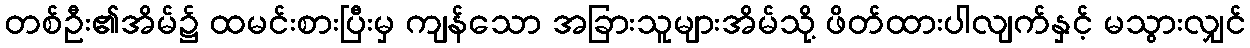
တစ်ဦး၏အိမ်၌ ထမင်းစားပြီးမှ ကျန်သော အခြားသူများအိမ်သို့ ဖိတ်ထားပါလျက်နှင့် မသွားလျှင်